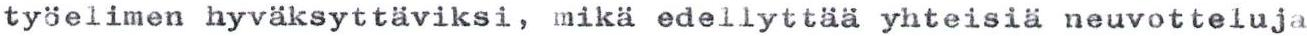
työelimen hyväksyttäviksi, mikä edellyttää yhteisiä neuvotteluja